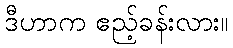
ဒီဟာက ဧည့်ခန်းလား။